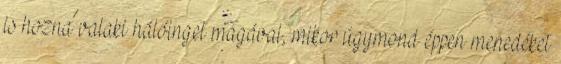
is hozna valaki hálóinget magával, mikor úgymond éppen menedéket